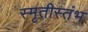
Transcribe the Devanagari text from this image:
स्मृतीस्तंभ